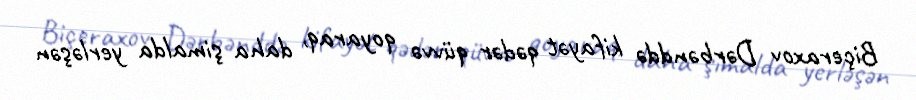
Biçeraxov Dərbənddə kifayət qədər qüvvə qoyaraq, daha şimalda yerləşən